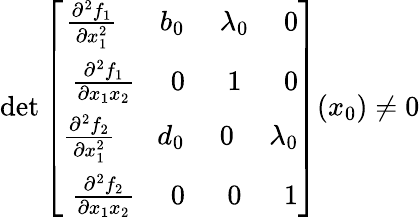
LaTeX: \operatorname*{det}\left[\begin{array}{r}{\frac{\partial^{2}f_{1}}{\partial x_{1}^{2}}\ \ \ \ \ \ b_{0}\ \ \ \ \ \lambda_{0}\ \ \ \ \ 0}\\ {\frac{\partial^{2}f_{1}}{\partial x_{1}x_{2}}\ \ \ \ \ 0\ \ \ \ \ \ 1\ \ \ \ \ \ 0}\\ {\frac{\partial^{2}f_{2}}{\partial x_{1}^{2}}\ \ \ \ \ \ d_{0}\ \ \ \ \ 0\ \ \ \ \ \lambda_{0}}\\ {\frac{\partial^{2}f_{2}}{\partial x_{1}x_{2}}\ \ \ \ \ 0\ \ \ \ \ \ 0\ \ \ \ \ \ 1}\end{array}\right]({x_{0}})\ne 0